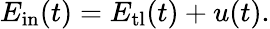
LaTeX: E_{\mathrm{in}}(t)=E_{\mathrm{tl}}(t)+u(t).